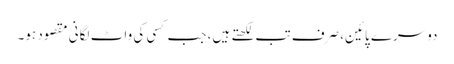
دوسرے پائین، صرف تب لکھتے ہیں، جب کسی کی واٹ لگانی مقصود ہو۔